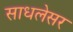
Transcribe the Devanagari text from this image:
साधलेसर